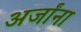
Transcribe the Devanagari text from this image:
अर्जांना